Subject: eess
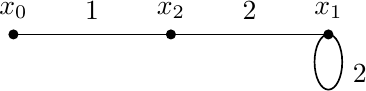
LaTeX code:
	\begin{tikzpicture}[line width=.6pt]
	\filldraw (0, 0) circle [radius=1.5pt]
	(2, 0) circle [radius=1.5pt]
	(4, 0) circle [radius=1.5pt];
	\draw    (0, 0.3) node {$x_0$}
	(1, 0.3) node {$1$}
	(2, 0.3) node {$x_2$}
	(3, 0.3) node {$2$}
	(4, 0.3) node {$x_1$};
	\draw    (4, -0.35) ellipse [x radius=5 pt, y radius=10pt]
	(4.4, -0.5) node {$2$};
	\draw(0,0) -- (2,0) -- (4,0);
	\end{tikzpicture}